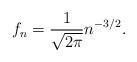
LaTeX: \begin{align*}f_n = \frac{1}{\sqrt{2\pi}}n^{-3/2}.\end{align*}